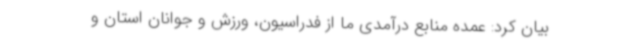
بیان کرد: عمده منابع درآمدی ما از فدراسیون، ورزش و جوانان استان و